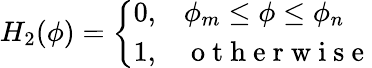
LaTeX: H_{2}(\phi)=\left\{ \begin{array}{cl}{0,}&{\phi_{m}\leq\phi\leq\phi_{n}}\\ {1,}&{\mathrm{~o~t~h~e~r~w~i~s~e~}}\end{array}\right.